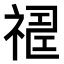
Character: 𥛈